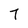
Character: 7